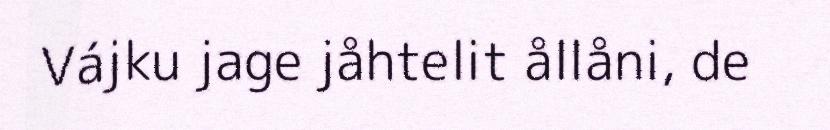
Vájku jage jåhtelit ållåni, de